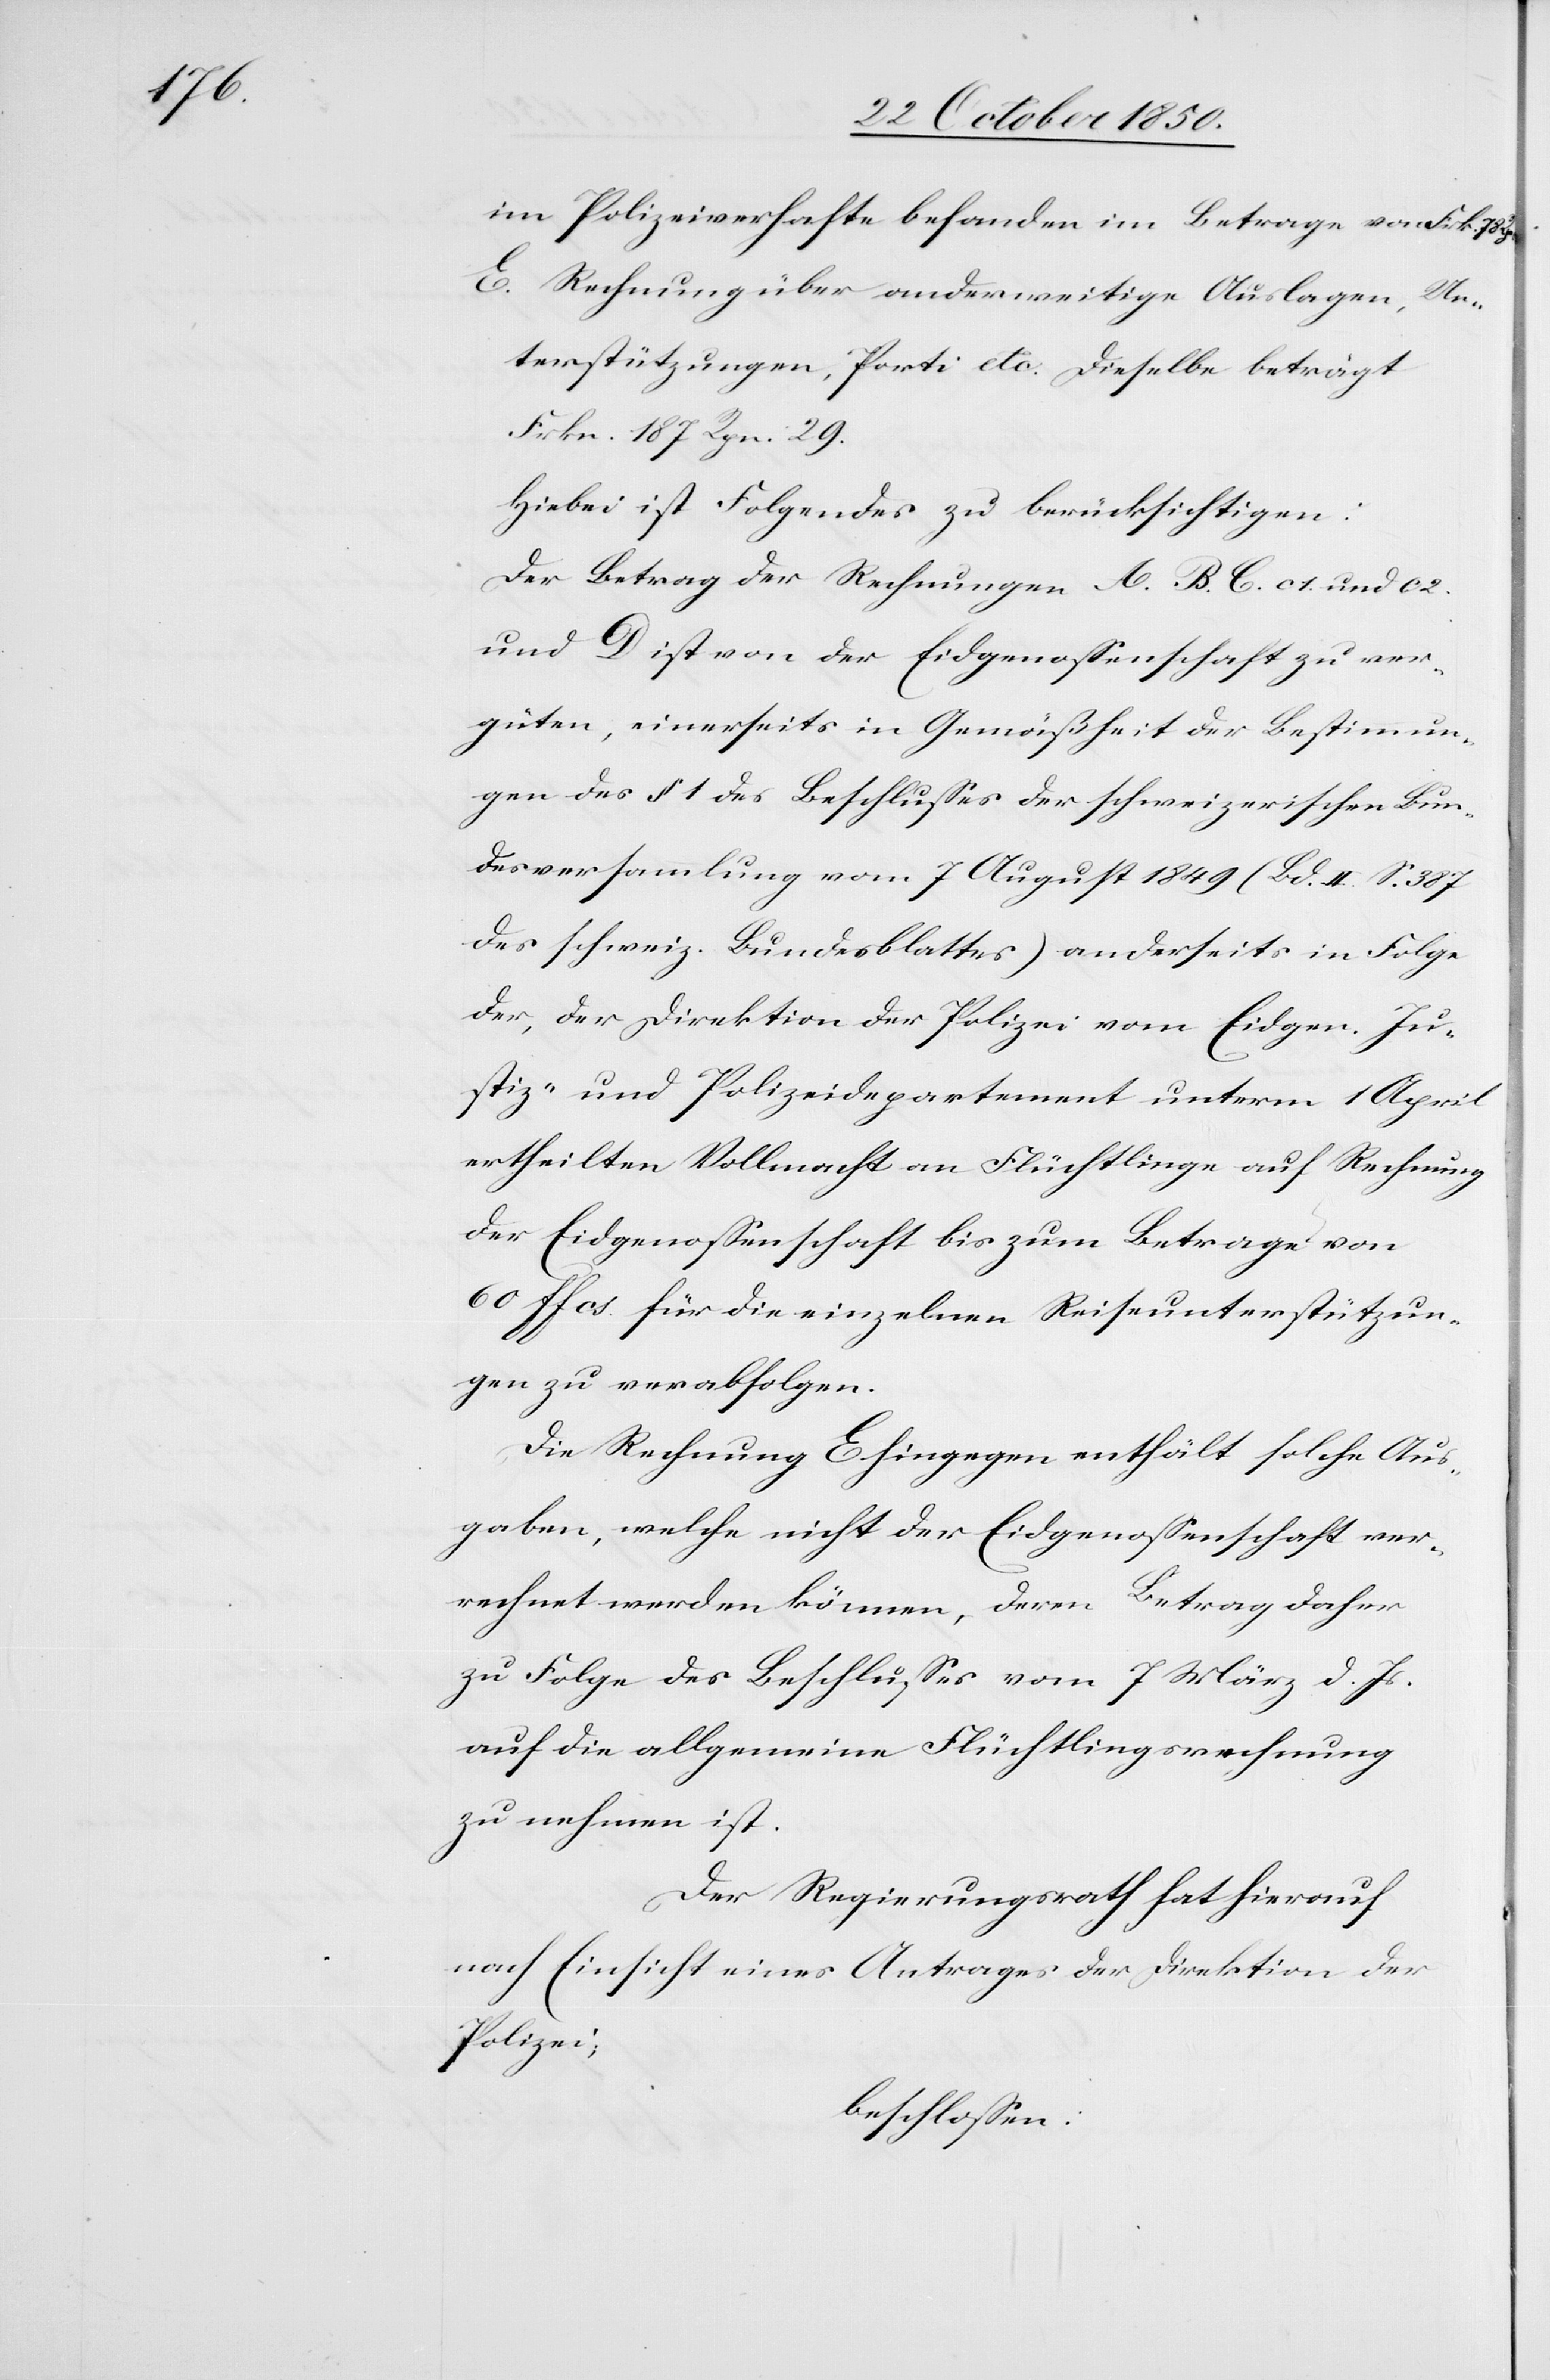
im Polizeiverhafte befanden im Betrage von	Frk. 78
E. Rechnung über anderweitige Auslagen, Un¬
terstützungen, Porti etc. Dieselbe beträg¬
rkn. 187 Rpn. 29.
Hiebei ist Folgendes zu berücksichtigen:
Der Betrag der Rechnungen A. B. C: c 1. und c
und D ist von der Eidgenossenschaft zu ver¬
güten, einerseits in Gemäßheit der Bestimmun¬
gen des § 1 des Beschlusses der schweizerischen Bun¬
desversammlung vom 7 August 1849 (Bd. II. S. 387
des schweiz. Bundesblattes) anderseits in Folge
der, der Direktion der Polizei vom Eidgen. Ju¬
stiz- und Polizeidepartement unterm 1 April
ertheilten Vollmacht an Flüchtlinge auf Rechnung
der Eidgenossenschaft bis zum Betrage von
60 ffcs. für die einzelnen Reiseunterstützun¬
gen zu verabfolgen.
Die Rechnung E hingegen enthält solche Aus¬
gaben, welche nicht der Eidgenossenschaft ver¬
rechnet werden können, deren Betrag daher
zu Folge des Beschlusses vom 7 März d. Js.
auf die allgemeine Flüchtlingsrechnung
zu nehmen ist.
05.
Der Regierungsrath hat hierauf
nach Einsicht eines Antrages der Direktion der
Polizei;
beschlossen: